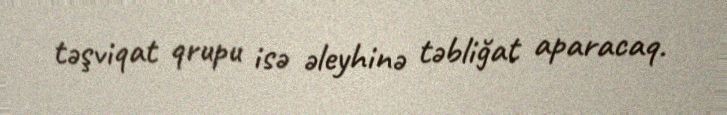
təşviqat qrupu isə əleyhinə təbliğat aparacaq.